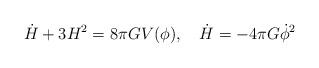
LaTeX: \begin{align*}\dot H + 3 H^2 = 8 \pi G V (\phi), ~~~\dot H = - 4 \pi G \dot \phi ^2\end{align*}